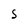
Character: S